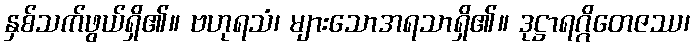
နှစ်သက်ဖွယ်ရှိ၏။ ဗဟုရသံ၊ များသောအရသာရှိ၏။ ဒုဋ္ဌာရဂ္ဂိတေဇဿ၊